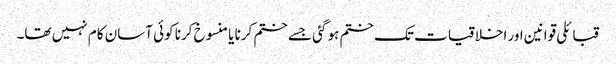
قبائلی قوانین اور اخلاقیات تک ختم ہو گئی جسے ختم کرنا یا منسوخ کرنا کوئی آسان کام نہیں تھا۔